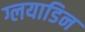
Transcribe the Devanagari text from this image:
ग्लयाडिन